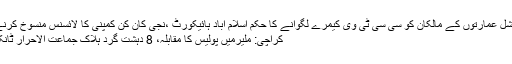
عجمان: تمام رہائشی اور کمرشل عمارتوں کے مالکان کو سی سی ٹی وی کیمرے لگوانے کا حکم اسلام آباد ہائیکورٹ ،نجی کان کن کمپنی کا لائسنس منسوخ کرنے پر سیکرٹری سیفرون طلب
کراچی: ملیرمیں پولیس کا مقابلہ، 8 دہشت گرد ہلاک جماعت الاحرار ٹانک کا امیر کیا کرنے والا تھا؟